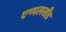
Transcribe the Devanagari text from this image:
एप्पलसीड